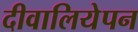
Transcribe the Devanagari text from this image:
दीवालियेपन